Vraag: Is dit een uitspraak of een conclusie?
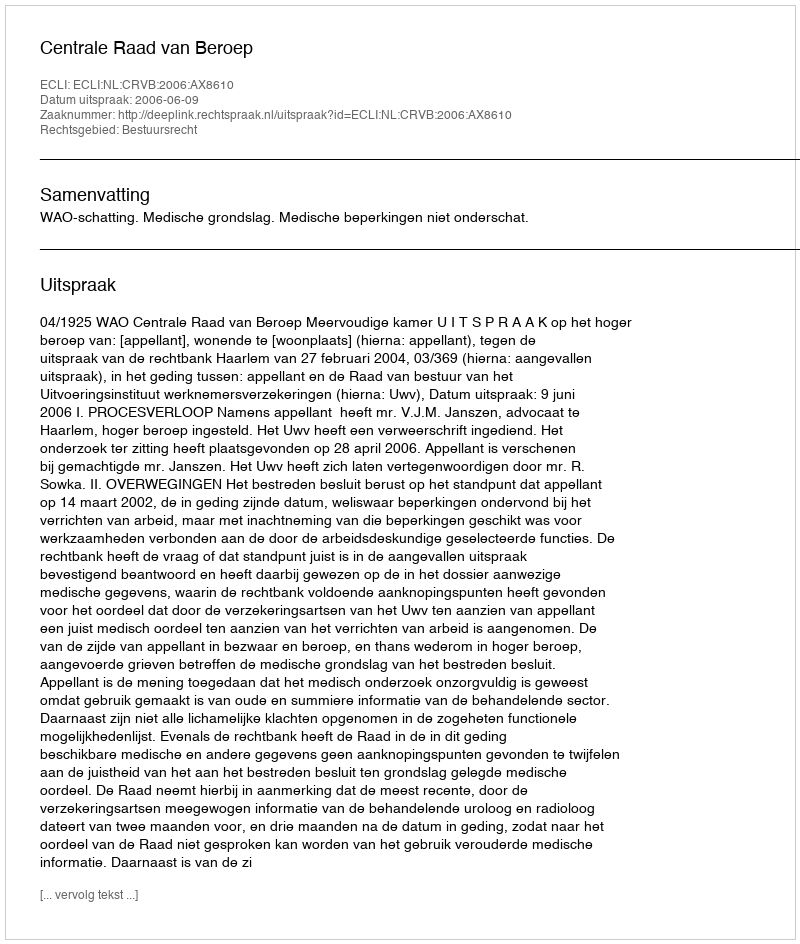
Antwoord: Uitspraak